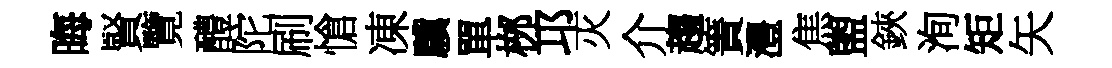
晦賢覽醴陀刷愴凍驥單桞邛灭介趨簀灃焦盥鋏洵矩矢